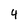
Character: 4